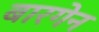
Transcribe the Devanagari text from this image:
बारगेन